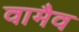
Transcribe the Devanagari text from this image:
वामैव